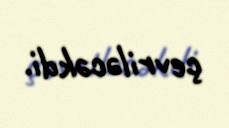
çevriləcəkdi.